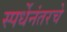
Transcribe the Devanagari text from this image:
स्पर्धेनंतरचे